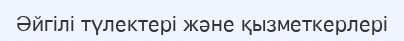
Әйгілі түлектері және қызметкерлері